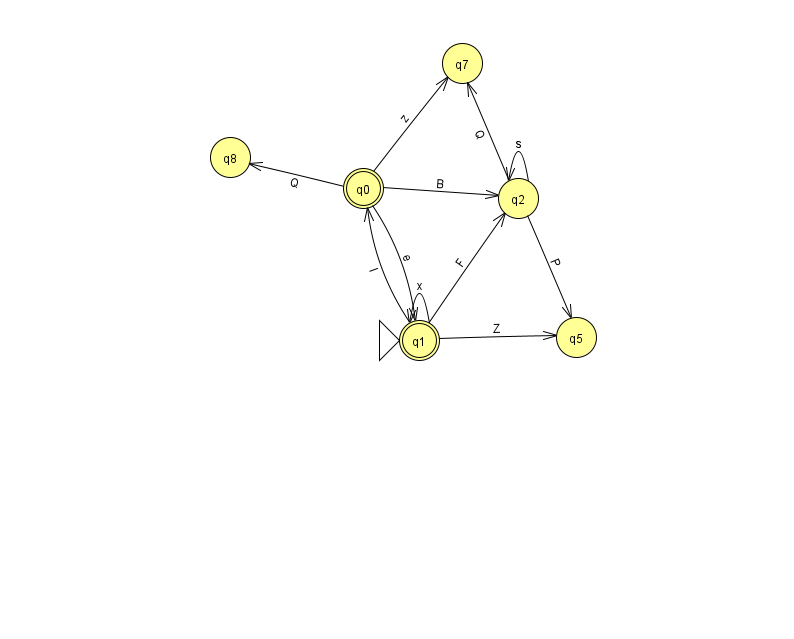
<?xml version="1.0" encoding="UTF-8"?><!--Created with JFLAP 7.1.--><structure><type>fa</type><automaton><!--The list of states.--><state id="0" name="q0"><x>363.0</x><y>175.0</y><final/></state><state id="1" name="q1"><x>419.0</x><y>327.0</y><initial/><final/></state><state id="2" name="q2"><x>518.0</x><y>185.0</y></state><state id="5" name="q5"><x>576.0</x><y>324.0</y></state><state id="7" name="q7"><x>462.0</x><y>50.0</y></state><state id="8" name="q8"><x>230.0</x><y>144.0</y></state><!--The list of transitions.--><transition><from>0</from><to>7</to><read>z</read></transition><transition><from>0</from><to>8</to><read>Q</read></transition><transition><from>1</from><to>2</to><read>F</read></transition><transition><from>2</from><to>2</to><read>s</read></transition><transition><from>1</from><to>5</to><read>Z</read></transition><transition><from>0</from><to>1</to><read>e</read></transition><transition><from>0</from><to>2</to><read>B</read></transition><transition><from>1</from><to>1</to><read>x</read></transition><transition><from>2</from><to>5</to><read>P</read></transition><transition><from>1</from><to>0</to><read>l</read></transition><transition><from>2</from><to>7</to><read>Q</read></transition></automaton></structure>